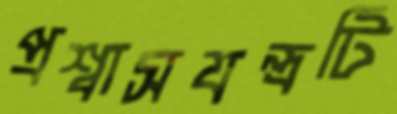
প্রশ্বাসযন্ত্রটি